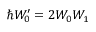
\hbar W _ { 0 } ^ { \prime } = 2 W _ { 0 } W _ { 1 }